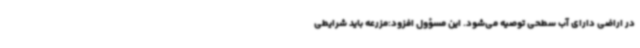
در اراضی دارای آب سطحی توصیه می‌شود. این مسؤول افزود:مزرعه باید شرایطی